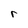
Character: r